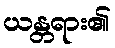
ယန္တရား၏